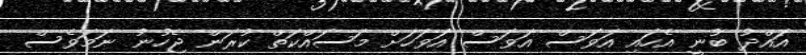
އައްދު ބުނީ އެހައި އަވަސް އަވަސް އަވަހަށް މަސައްކަތް ކުރަން ޖެހުނު ނަމަވެސް